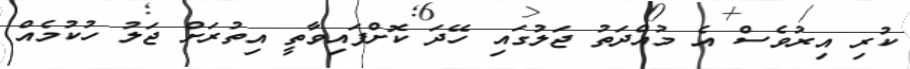
ކުރި އިރުވެސް އެ މުއްދަތު ޖަލުގައި ހޭދަ ކޮށްފައިވާތީ އިތުރަށް ޖަލު ހުކުމެއް